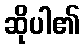
ဆိုပါ၏